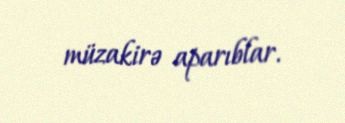
müzakirə aparıblar.